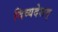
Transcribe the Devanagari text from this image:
दिव्यदेशम्